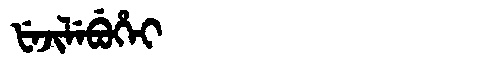
Manchu: ᡶᡝᠵᡳᠯᡝᠪᡠᡥᡝᡳ
Romanization: FEJILEBUHEI